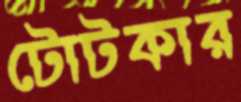
টোটকার